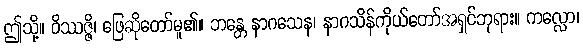
ဤသို့။ ဝိဿဇ္ဇိ၊ ဖြေဆိုတော်မူ၏။ ဘန္တေ နာဂသေန၊ နာဂသိန်ကိုယ်တော်အရှင်ဘုရား။ ကလ္လော၊